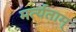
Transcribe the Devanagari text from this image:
मर्त्यताम्